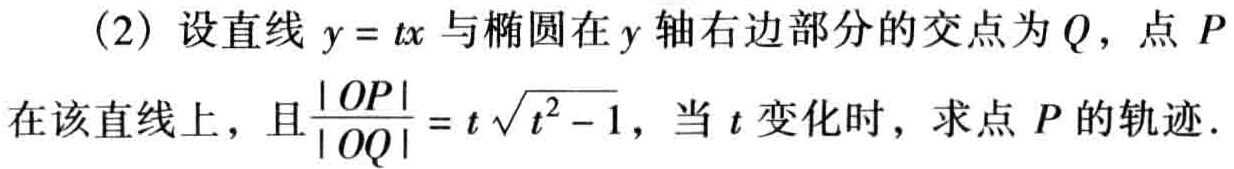
(2) 设直线 \(y = tx\) 与椭圆在 \(y\) 轴右边部分的交点为 \(Q\)，点 \(P\) 在该直线上，且\(\frac{|OP|}{|OQ|}=t\sqrt{t^{2}-1}\)，当 \(t\) 变化时，求点 \(P\) 的轨迹.